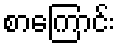
စာကြောင်း